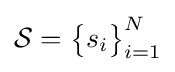
{\textstyle {\mathcal {S}}={\bigl \{}s_{i}{\bigr \}}_{i=1}^{N}}